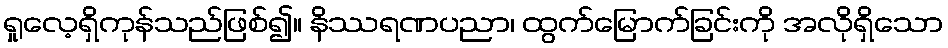
ရှုလေ့ရှိကုန်သည်ဖြစ်၍။ နိဿရဏပညာ၊ ထွက်မြောက်ခြင်းကို အလိုရှိသော